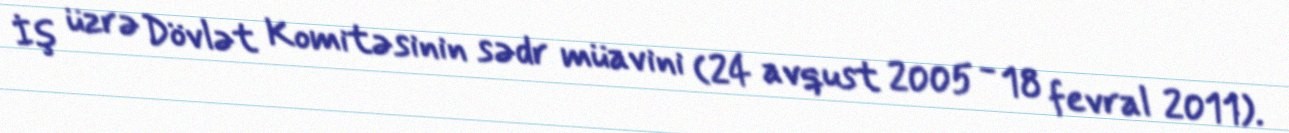
İş üzrə Dövlət Komitəsinin sədr müavini (24 avqust 2005 - 18 fevral 2011).